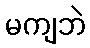
မကျဘဲ